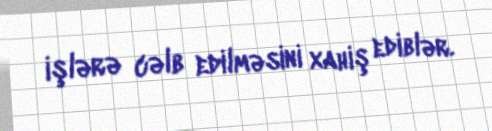
işlərə cəlb edilməsini xahiş ediblər.